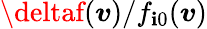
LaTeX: \deltaf(\boldsymbol{v})/f_{\mathbf{i}0}(\boldsymbol{v})